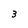
Character: 3